Leaving Certificate Examination, 1904
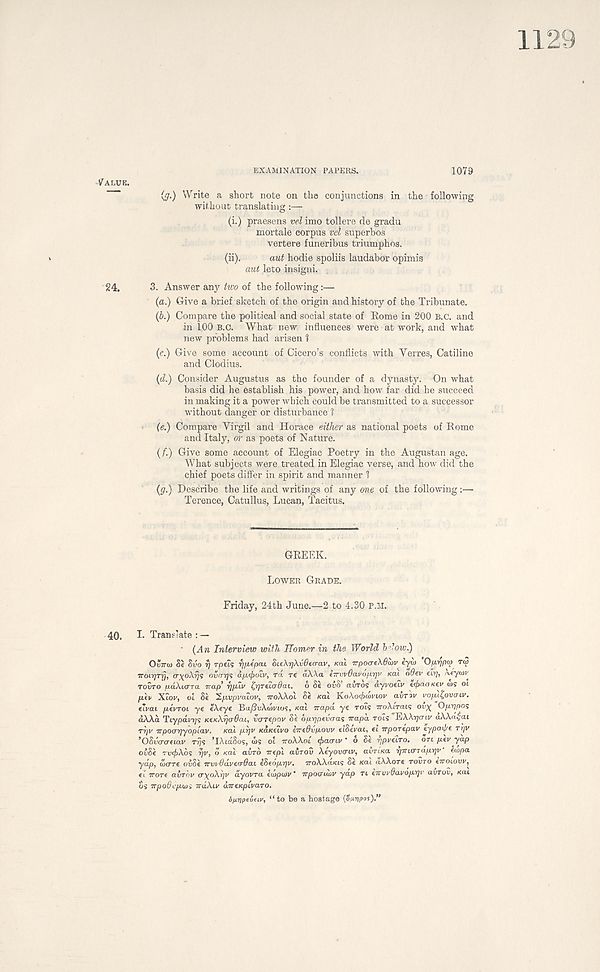
VALUE.
EXAMINATION PAPERS.
1079
(g.) Write a short note on the conjunctions in the following
without translating :—
(i.) praesens vel imo tollere de gradu
mortale corpus vd superbos
vertere funeribus triumphos.
(ii).
aut hodie spoliis laudabor opimis
aut leto insigni.
24.
3. Answer any two of the following
(a.) Give a brief sketch of the origin and history of the Tribunate.
(b.) Compare the political and social state of Rome in 200 B.c. and
in 100 B.c. What new influences were at work, and what
new problems had arisen 1
(c.) Give some account of Cicero’s conflicts with Yerres, Catiline
and Clodius.
(d.) Consider Augustus as the founder of a dynasty. On what
basis did he establish his power, and how far did he succeed
in making it a power which could be transmitted to a successor
without danger or disturbance t
(e.) Compare Virgil and Horace either as national poets of Rome
and Italy, or as poets of Nature.
(/■.) Give some account of Elegiac Poetry in the Augustan age.
What subjects were treated in Elegiac verse, and how did the
chief poets differ in spirit and manner 1
(g.) Describe the life and writings of any one of the following:—■
Terence, Catullus, Lucan, Tacitus.
GREEK.
LOWER GRADE.
Friday, 24th June.—2 to 4.30 P.M.
40.
I. Translate : —
• (An Interview with Homer in the World blow.)
OSTTO) Se Svo rj rpeis r/pepai SteAijAii^errav, Kal 7rpo<xeAf?u)v eyco Oprjpta Tip
TroirjTrj, crxoXrjs owijs apuftoiv, rd re aAAa (7rvv6avoivt]V Kai odev eif], A«y<or
TOVTO uniXiara nap’ rjfjuv tflTiioOai. 6 Se ov?> airos dyvotiv ZifcaoKev a)S oi
fliv XLOV, oi Se 'S.p.vpvdiov, noXXol Se Kal KoXotfitnvLov avrov vopitfivaiv.
tivai pivTot ye eXeye Ba/SrAoirtos, Kal napd ye rois noXirav; ouy "Opvpo<;
aAAa Tiypdi?;? KeKXfjaOai, varepov Se bprjpeva-as napa rois "EAAijcrtv aXXrdai
rrjv npoarjyopiav.
Kal p.r]v KaKeivo ine&vp-ovv etSeVai, ei nporepav typaif/e rrjv
’OSiicrcretav r^s ’lAtdSos, d)S ot TTOAAOI ipaaiv ‘ o Se rjpveiTO. on p.ev yap
oiSe rv<f)X6<; r/v, o /cat avro wept avrov Xiyovcnv, avri.Ka rjnicnaprjv' eu/pa
yap, aicrre oiSe nwddvecrOai iSeoprjv. woAAd/cts Se Kal dAAore TOVTO eVotovr,
ei. noTt avrov a-yoXrjv dyovra eiitpuiv’ npoauav yap rt envi.0av6p.rjv avrov, /cat
os npoOcpiai ndXiv uneKpivaro.
ipripevetv, “ to be a hostage (8u.-rjp<>s).”